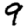
Digit: 9